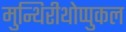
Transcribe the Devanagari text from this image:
मुन्थिरीथोप्पुकल